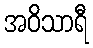
အဝိသာရီ